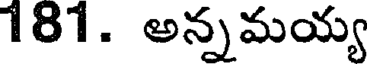
181. అన్నమయ్య